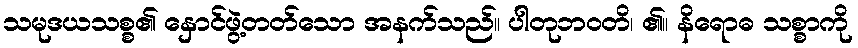
သမုဒယသစ္စ၏ နှောင်ဖွဲ့တတ်သော အနက်သည်။ ပါတုဘဝတိ၊ ၏။ နိရောဓ သစ္စာကို